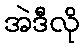
အဲဒီလို